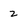
Character: Z